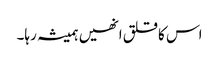
اس کا قلق انھیں ہمیشہ رہا۔